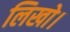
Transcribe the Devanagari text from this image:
लिखो।